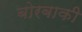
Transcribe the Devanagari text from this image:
बोरबाकी